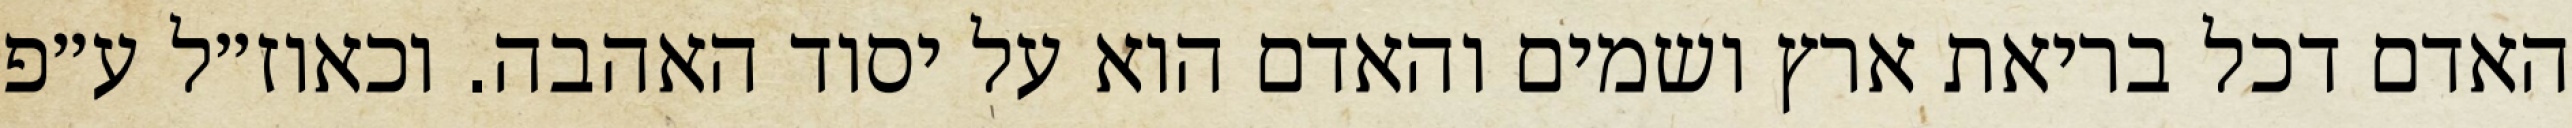
האדם דכל בריאת ארץ ושמים והאדם הוא על יסוד האהבה. וכאוז״ל ע״פ